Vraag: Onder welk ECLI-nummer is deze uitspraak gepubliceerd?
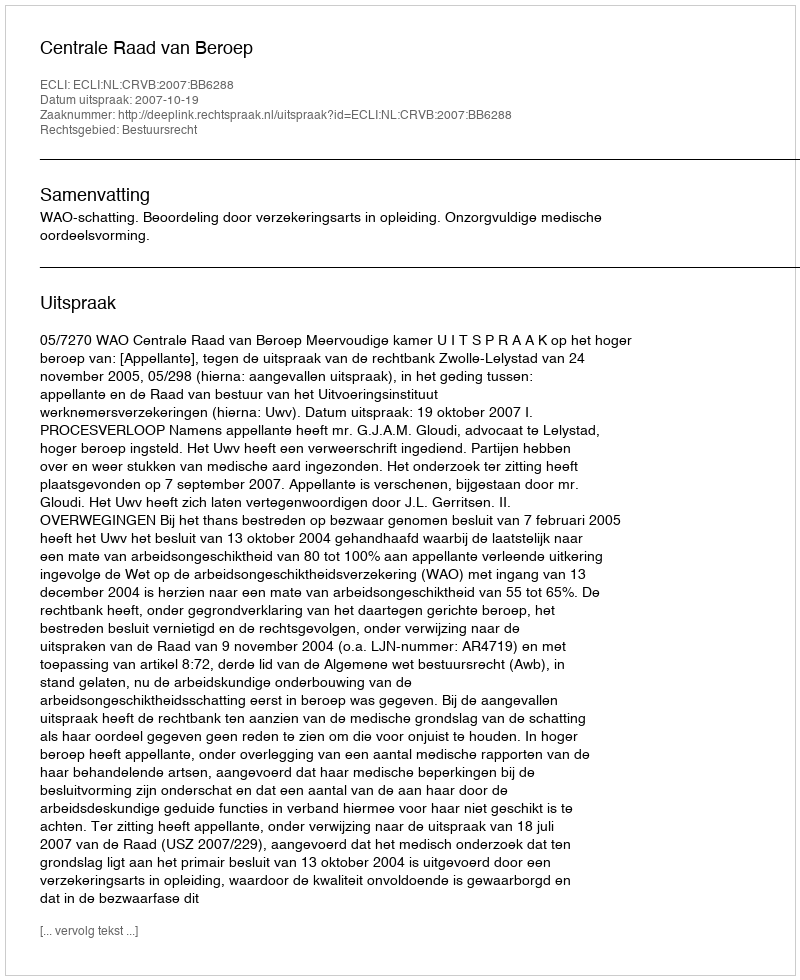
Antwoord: ECLI:NL:CRVB:2007:BB6288